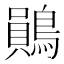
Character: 鶰